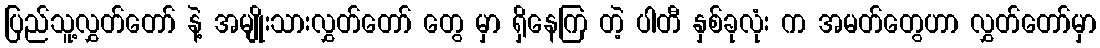
ပြည်သူ့လွှတ်တော် နဲ့ အမျိုးသားလွှတ်တော် တွေ မှာ ရှိနေကြ တဲ့ ပါတီ နှစ်ခုလုံး က အမတ်တွေဟာ လွှတ်တော်မှာ